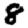
Digit: 8